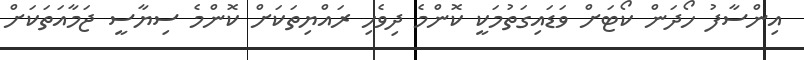
އިންސާފު ހޯދަން ކޯޓަށް ވަޑައިގަތުމަކީ ކޮންމެ ދިވެހި ރައްޔިތަކަށް ކޮންމެ ސިޔާސީ ޖަމާއަތަކަށް